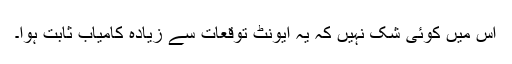
اس میں کوئی شک نہیں کہ یہ ایونٹ توقعات سے زیادہ کامیاب ثابت ہوا۔